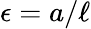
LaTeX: \epsilon=a/\ell